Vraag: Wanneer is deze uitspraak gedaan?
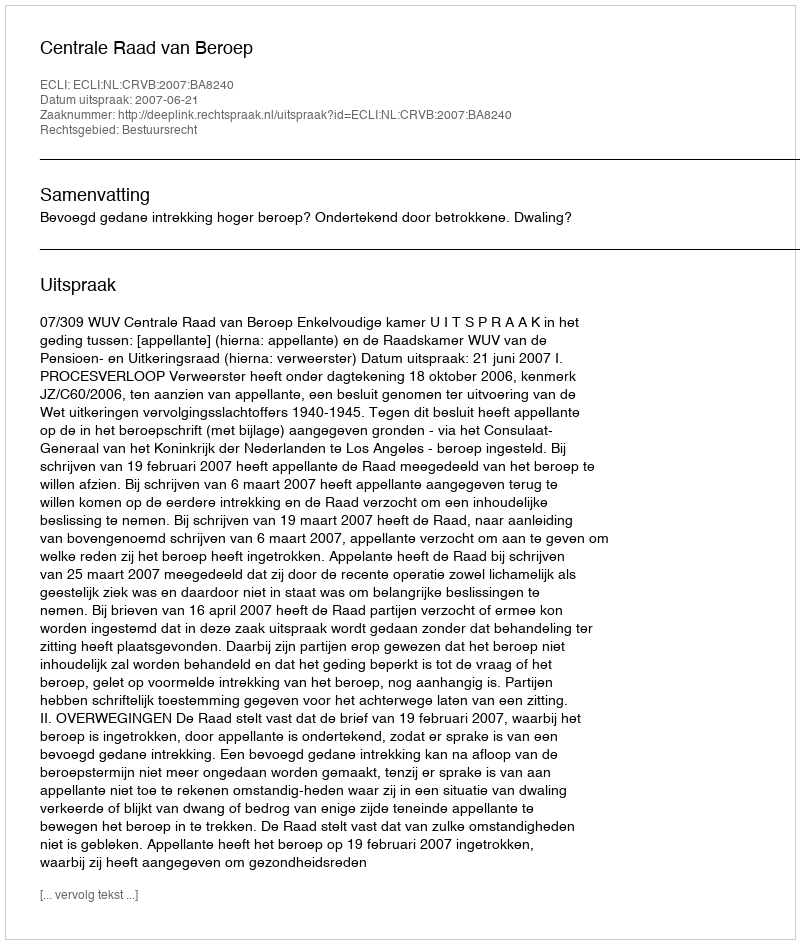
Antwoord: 2007-06-21